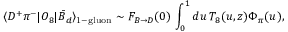
\langle D ^ { + } \pi ^ { - } | O _ { 8 } | \bar { B } _ { d } \rangle _ { \mathrm { 1 - g l u o n } } \sim F _ { B \to D } ( 0 ) \, \int _ { 0 } ^ { 1 } d u \, T _ { 8 } ( u , z ) \Phi _ { \pi } ( u ) ,